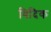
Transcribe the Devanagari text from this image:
विदिक